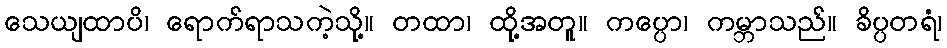
သေယျထာပိ၊ ရောက်ရာသကဲ့သို့။ တထာ၊ ထို့အတူ။ ကပ္ပော၊ ကမ္ဘာသည်။ ခိပ္ပတရံ၊